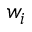
w _ { i }